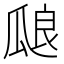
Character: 𰢝